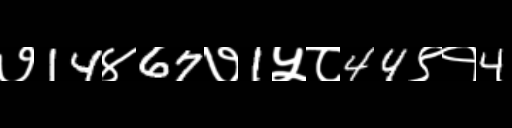
Text: ७14४67७1५८44९१4